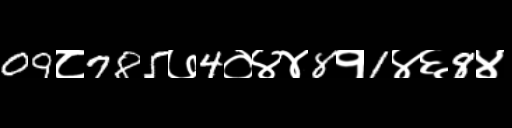
Text: 09८785७4०४४8१1४६8४